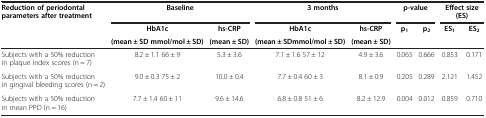
<table><thead><tr><td><b>Reduction of periodontal parameters after treatment</b></td><td colspan="2"><b>Baseline</b></td><td colspan="2"><b>3 months</b></td><td colspan="2"><b>p-value</b></td><td colspan="2"><b>Effect size (ES)</b></td></tr><tr><td><b> </b></td><td><b>HbA1c</b></td><td><b>hs-CRP</b></td><td><b>HbA1c</b></td><td><b>hs-CRP</b></td><td><b>p<sub>1</sub></b></td><td><b>p<sub>2</sub></b></td><td><b>ES<sub>1</sub></b></td><td><b>ES<sub>2</sub></b></td></tr><tr><td><b> </b></td><td><b>(mean ± SD mmol/mol ± SD)</b></td><td><b>(mean ± SD)</b></td><td><b>(mean ± SDmmol/mol ± SD)</b></td><td><b>(mean ± SD)</b></td><td><b> </b></td><td><b> </b></td><td><b> </b></td><td><b> </b></td></tr></thead><tbody><tr><td>Subjects with a 50% reduction in plaque index scores (n = 7)</td><td>8.2 ± 1.1 66 ± 9</td><td>5.3 ± 3.6</td><td>7.1 ± 1.6 57 ± 12</td><td>4.9 ± 3.6</td><td>0.065</td><td>0.666</td><td>0.853</td><td>0.171</td></tr><tr><td>Subjects with a 50% reduction in gingival bleeding scores (n = 2)</td><td>9.0 ± 0.3 75 ± 2</td><td>10.0 ± 0.4</td><td>7.7 ± 0.4 60 ± 3</td><td>8.1 ± 0.9</td><td>0.205</td><td>0.289</td><td>2.121</td><td>1.452</td></tr><tr><td>Subjects with a 50% reduction in mean PPD (n = 16)</td><td>7.7 ± 1.4 60 ± 11</td><td>9.6 ± 14.6</td><td>6.8 ± 0.8 51 ± 6</td><td>8.2 ± 12.9</td><td>0.004</td><td>0.012</td><td>0.859</td><td>0.710</td></tr></tbody></table>